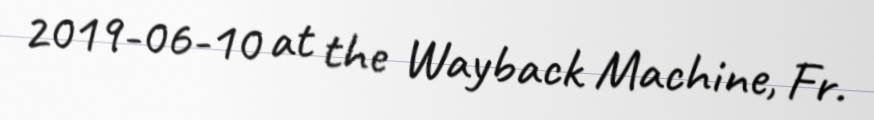
2019-06-10 at the Wayback Machine, Fr.